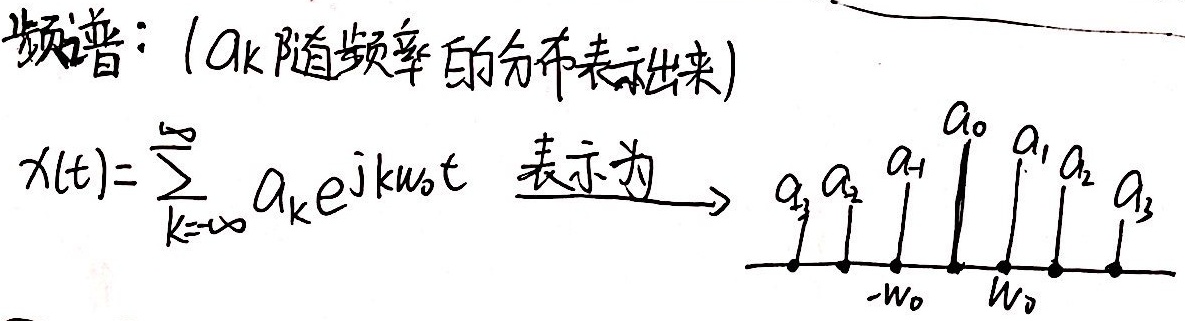
频谱：（\(a_{k}\) 随频率的分布表示出来）
\[x(t)=\sum_{k = -\infty}^{\infty}a_{k}e^{jkw_{0}t}\quad\text{表示为}\quad\begin{matrix}a_{-3}&a_{-2}&a_{-1}&a_{0}&a_{1}&a_{2}&a_{3}\\\bullet&\bullet&\bullet&\bullet&\bullet&\bullet&\bullet\\& - w_{0}&&& w_{0}&&\end{matrix}\]